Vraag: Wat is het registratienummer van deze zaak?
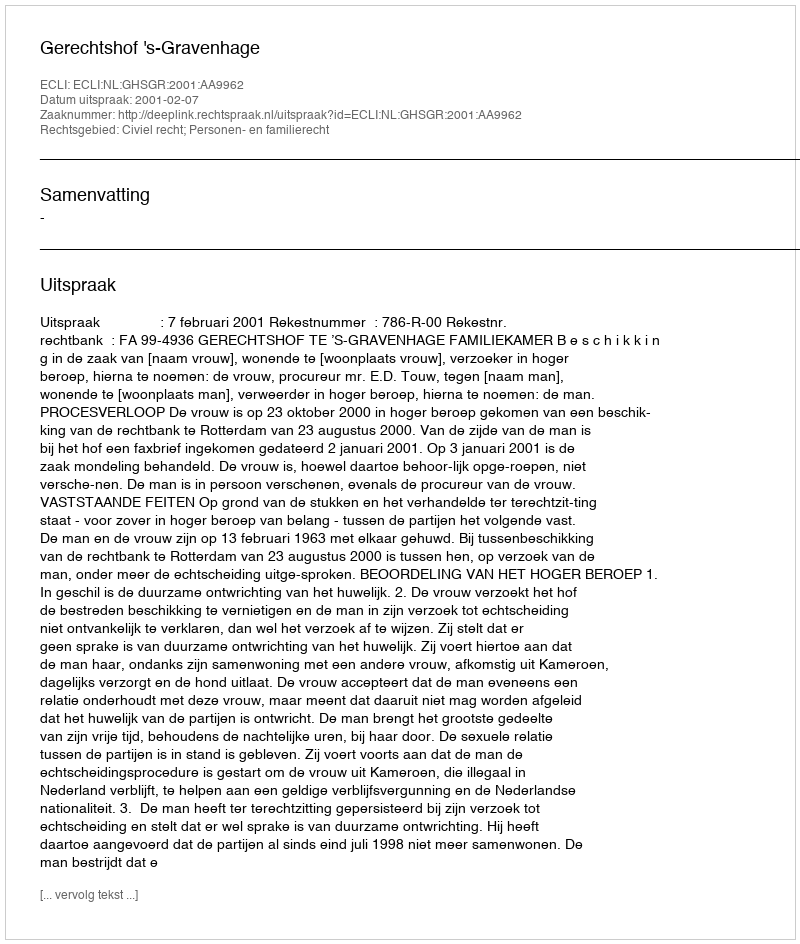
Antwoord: http://deeplink.rechtspraak.nl/uitspraak?id=ECLI:NL:GHSGR:2001:AA9962